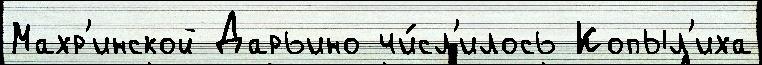
Махр'инской Дарьино чи́сл'илось Копыл'иха